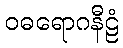
ဝဓရောဂနီဠံ